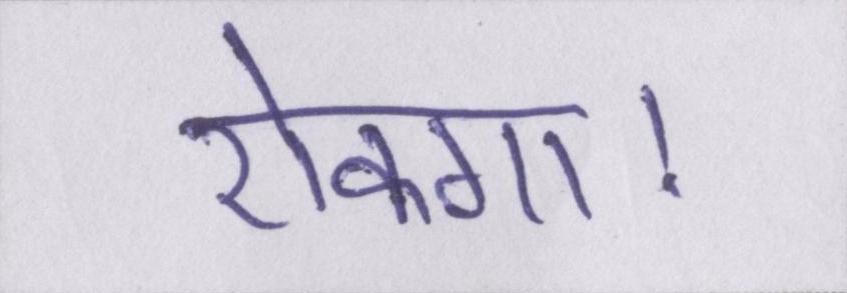
रोकगा।